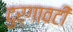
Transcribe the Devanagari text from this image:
दुर्गावटी